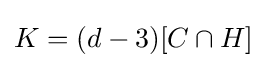
K=(d-3)[C\cap H]